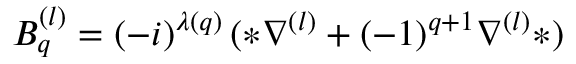
B _ { q } ^ { ( l ) } = ( - i ) ^ { \lambda ( q ) } \, ( * \nabla ^ { ( l ) } + ( - 1 ) ^ { q + 1 } \nabla ^ { ( l ) } * )